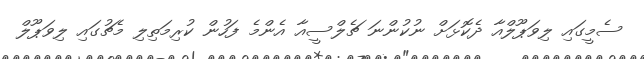
ސެމީގައި ލިވަޕޫލްއާ ދެކޮޅަށް ނުކުންނަ ޗެލްސީއާ އެންމެ ފަހުން ކުރިމަތިލި މެޗުގައި ލިވަޕޫލް